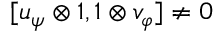
[ u _ { \psi } \otimes \mathbb { 1 } , \mathbb { 1 } \otimes v _ { \varphi } ] \neq 0